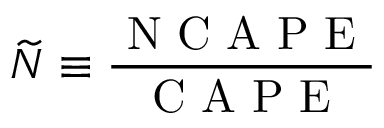
\widetilde { N } \equiv \frac { \mathrm { ~ N ~ C ~ A ~ P ~ E ~ } } { \mathrm { ~ C ~ A ~ P ~ E ~ } }